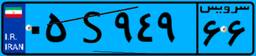
۳۹S۵۲۲۳۱